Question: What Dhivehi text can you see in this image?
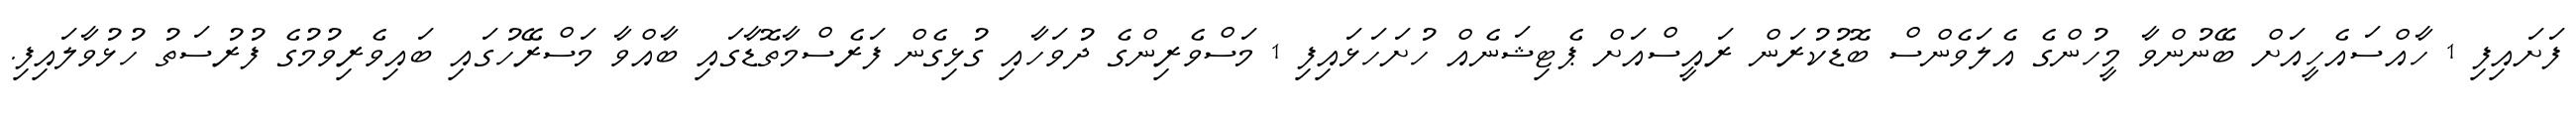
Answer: ފަށައިފި 1 ހާއްސައެހީއަށް ބޭނުންވާ މީހުންގެ އެލަވެންސް ބޮޑުކުރަން ރައީސްއަށް ޕެޓިޝަނެއް ހުށަހަޅައިފި 1 މަސްވެރިންގެ ދުވަހާއި ގުޅިގެން ފަރެސްމާތޮޑާގައި ބާއްވާ މަސްރޭހުގައި ބައިވެރިވުމުގެ ފުރުސަތު ހުޅުވާލައިފި.